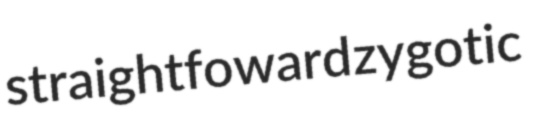
straightfoward zygotic